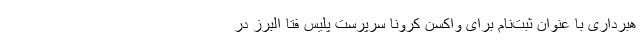
هبرداری با عنوان ثبت‌نام برای واکسن کرونا سرپرست پلیس فتا البرز در